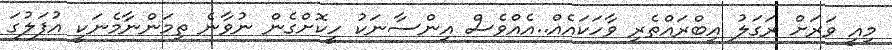
މިއީ ވަރަށް ރަގަލު އިބްރައްތެރި ވާހަކައެއް..އެއްވެސް އިންސާނަކު ހީކޮށްގެން ނުވާނެ ތިމަންނާމެނަކީ އުފަލުގަ